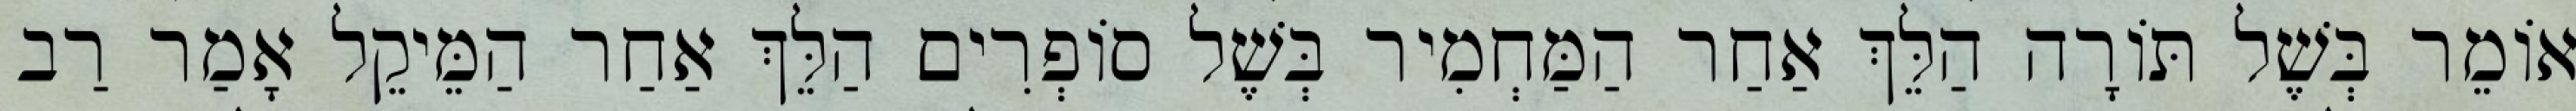
אוֹמֵר בְּשֶׁל תּוֹרָה הַלֵּךְ אַחַר הַמַּחְמִיר בְּשֶׁל סוֹפְרִים הַלֵּךְ אַחַר הַמֵּיקֵל אָמַר רַב